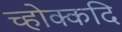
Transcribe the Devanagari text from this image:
च्होक्कदि